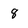
Character: 8